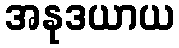
အနုဒယာယ